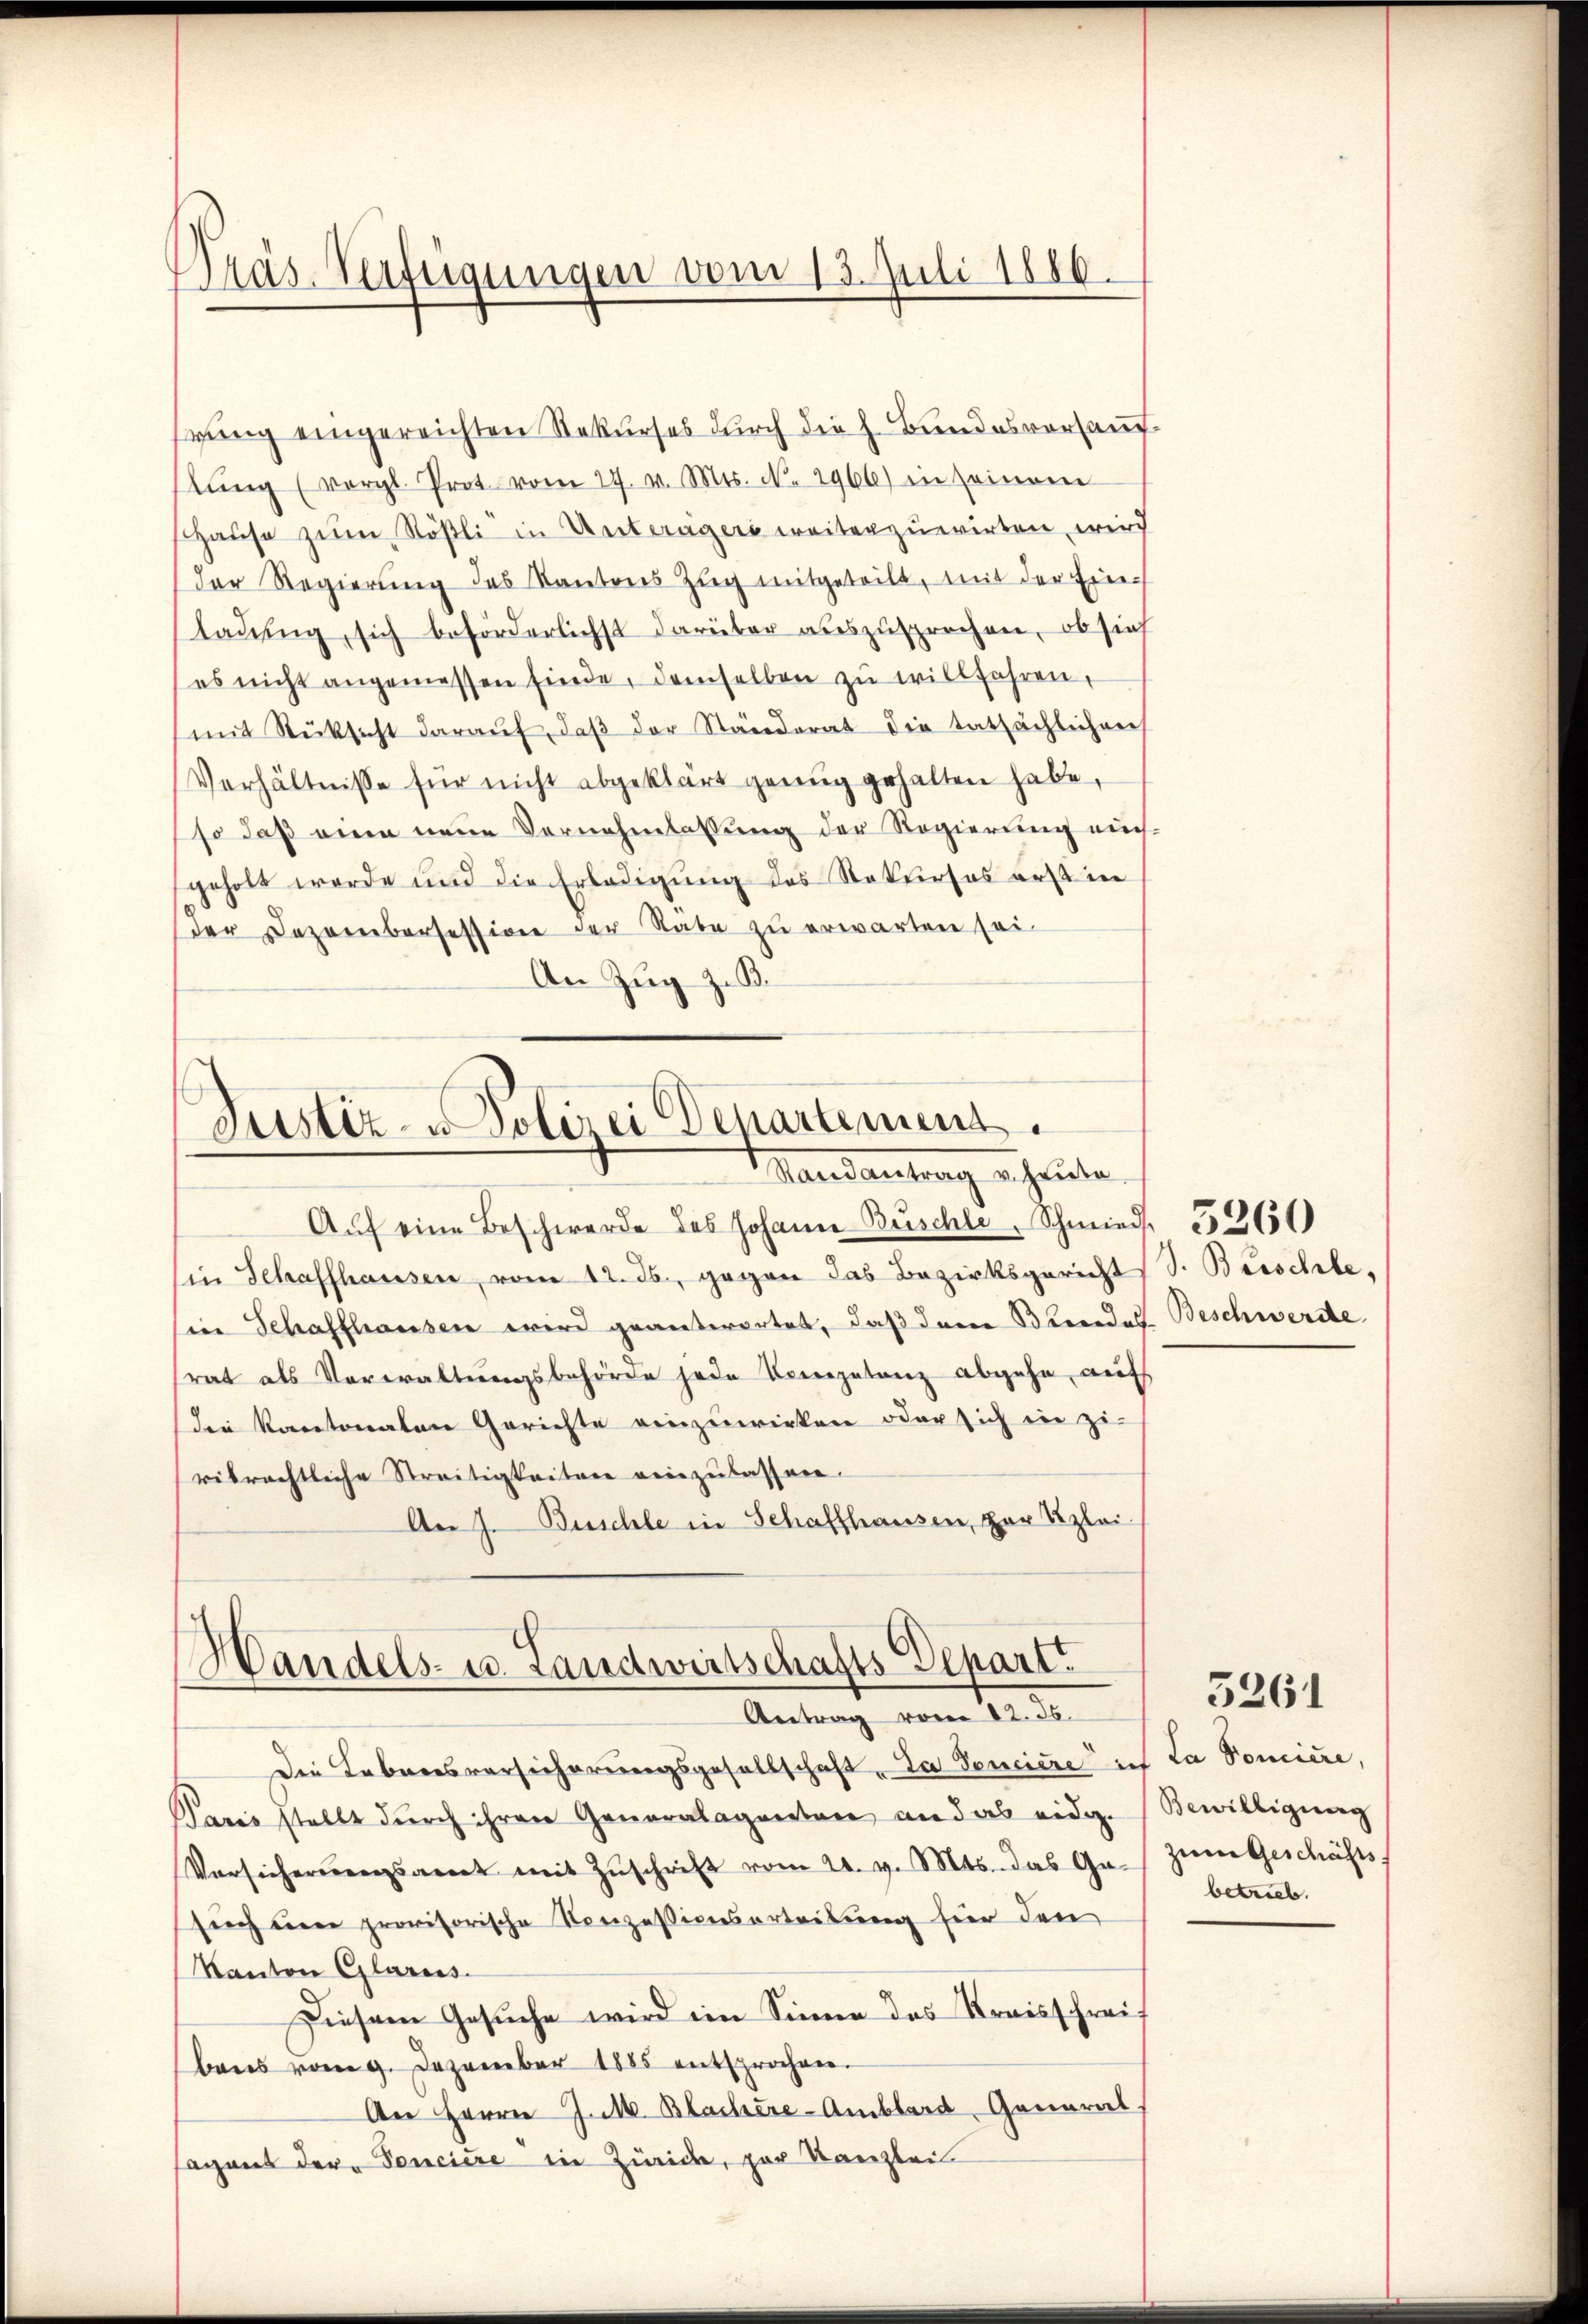
Präs. Verfügungen vom 13. Juli 1886.

gung eingereichten Rekurses durch die h. Bundesversauflŭng (vergl. Prot. vom 27. v. Mts. N. 2966) in seinem
Hause zum Rößli in Unterägers weiterzurirten wird
der Regierung des Kantons Zug mitgeteilt, mit der Ein¬
Ladung, sich beförderlichst darüber auszusprechen, ob sich
es nicht angemessen finde, demselben zŭ willfahren,
mit Rücksicht daraŭf, daβ der Ständerat die tatsächlichen
Verhältnisse für nicht abgeklärt genug gehalten habe,
so daß eine neue Vernehmlassung der Regierung aus-
geholt werde und die Erledigŭng des Rekurses erst in
der Dezembersession der Rate zu erwarten sei.
An Zug z. B.

Justiz- & Polizei Departement.
Mandantrag er heute.

Handels- u. Landwirtschafts Depart
Antrag vom 22. 36.

Aŭf eine Beschwerde des Johann Büschle. Schmied 560
Ein Schaffhausen, vom 12. ds., gegen das Bezirksgericht S. Beischte,
sie Schaffhausen wird geantwortet, daß dem Blendes Beschwerde
srat als Verwaltungsbehörde jede Kompetenz abgehe, auf
die Kantonalen Gerichte einzuwirken oder sich in ziriträchtliche Streitigkeitere einzulassen.
An J. Buschle in Schaffhausen, zur Klei¬

Die Lebensversicherungsgesellschaft „Da Venciere ich La Poniere,
Paris stellt dŭrch ihren Generalaganten an das eidg. Bewilligung
Versicherungsart mit Zŭschrift vom 24. v. Mts. das Ge- zŭm Geschäfts
sich eine provisorische Konzessionserteilung hier den
Kanton Glarus.
Diesem Gesuche wird im Sinne des Kreisschreif
bens vom 9. Dezember 1885 entsprochen.
An Herrn J. M. Blachere-Amblard, General
agant der Tonciere in Zürich, zur Kanzlei

betrieb.

5261